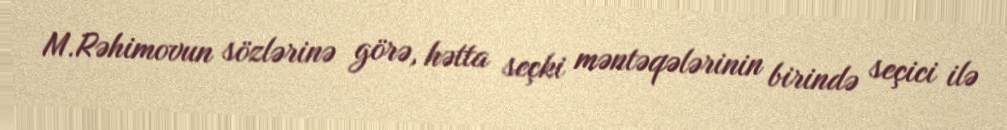
M.Rəhimovun sözlərinə görə, hətta seçki məntəqələrinin birində seçici ilə